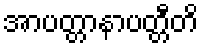
အာပတ္တာနာပတ္တီတိ